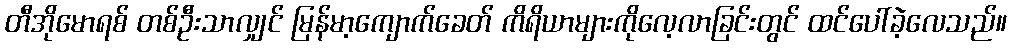
တီအိုမောရစ် တစ်ဦးသာလျှင် မြန်မာ့ကျောက်ခေတ် ကိရိယာများကိုလေ့လာခြင်းတွင် ထင်ပေါ်ခဲ့လေသည်။